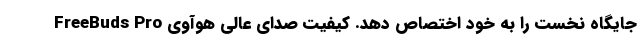
جایگاه نخست را به خود اختصاص دهد. کیفیت صدای عالی هوآوی FreeBuds Pro